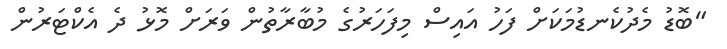
"ބޮޑު މެދުކެނޑުމަކަށް ފަހު އައިސް މިފަހަރުގެ މުބާރާތުން ވަރަށް މޮޅު ދެ އެކްޓަރުން